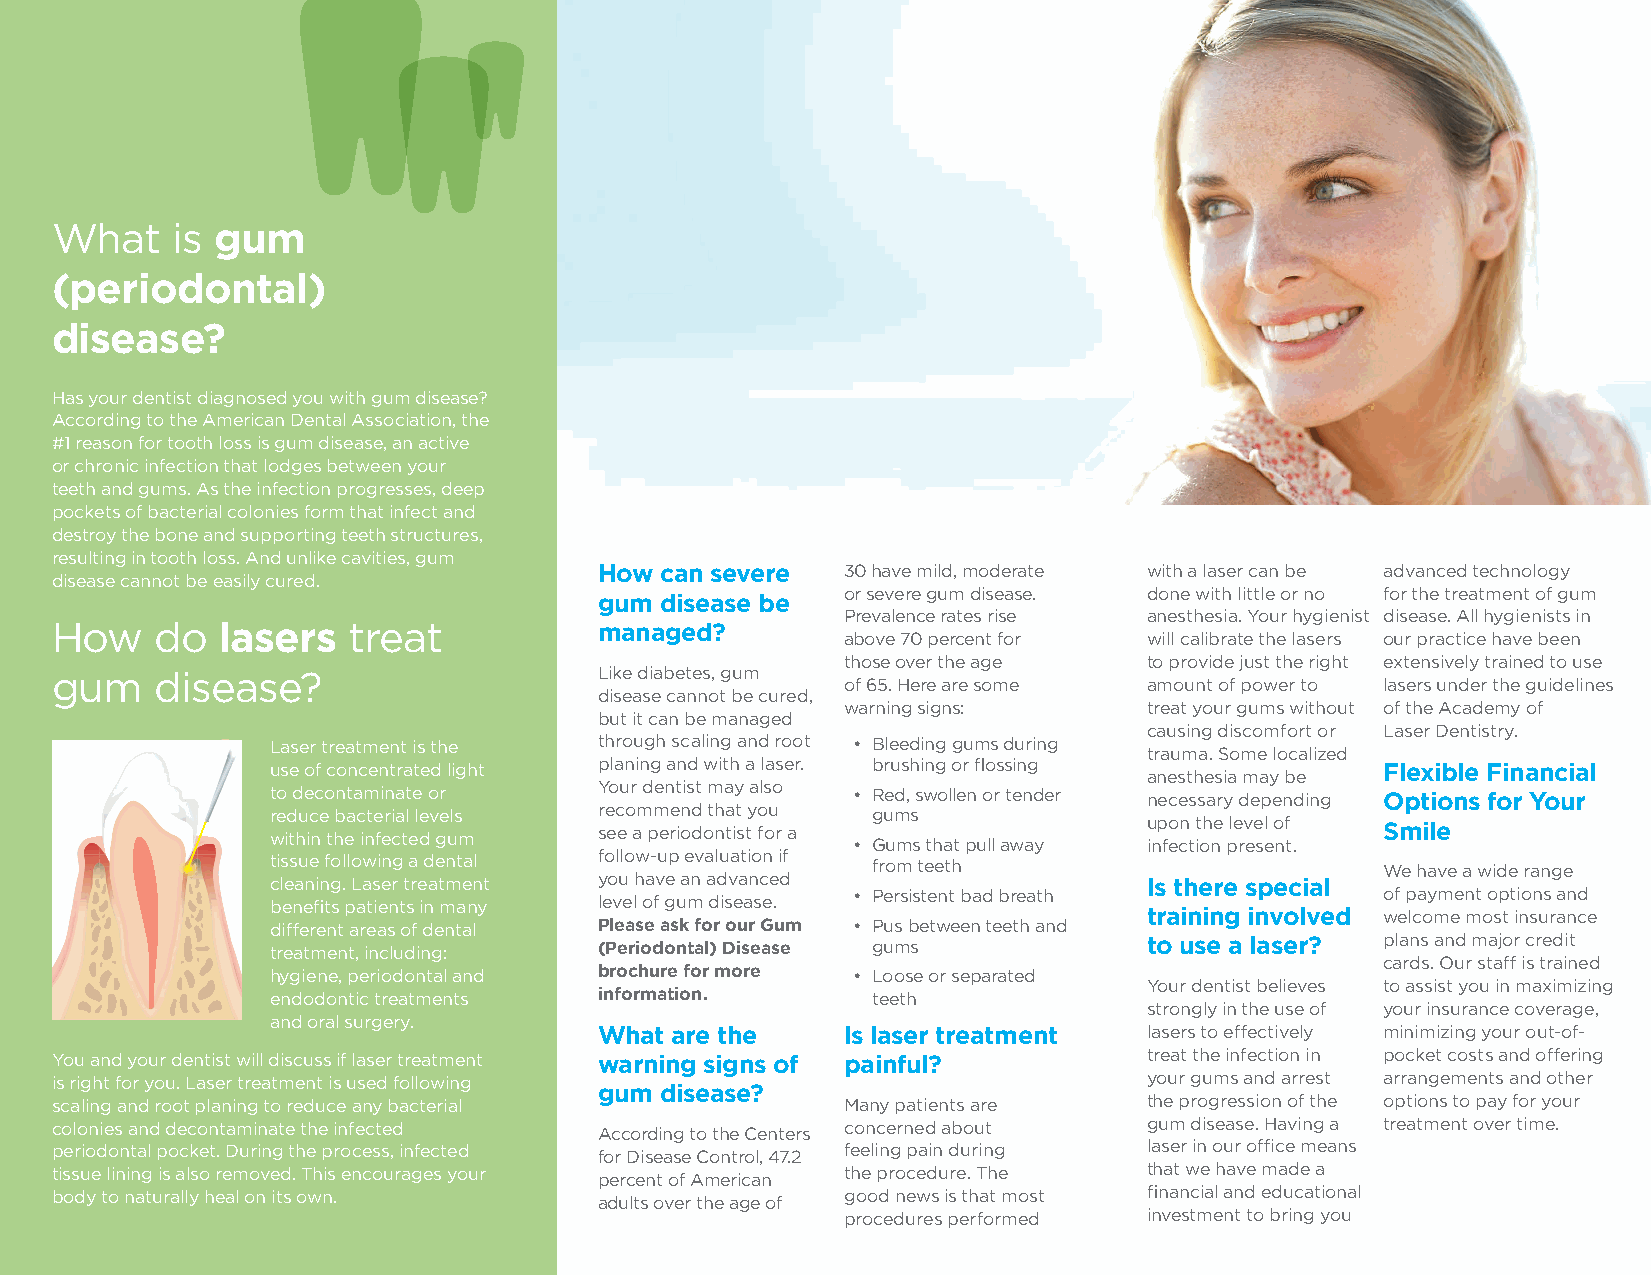
What    is gum
 (periodontal)
 disease?
 Has your dentist diagnosed you with gum disease?
 According to the American Dental Association, the
 #1 reason for tooth loss is gum disease, an active
 or chronic infection that lodges between your
 teeth and gums. As the infection progresses, deep
 pockets of bacterial colonies form that infect and
 destroy the bone and supporting teeth structures,
 resulting in tooth loss. And unlike cavities, gum
 How can severe  30 have mild, moderate with a laser can be advanced technology
 disease cannot be easily cured.
 or severe gum disease. done with little or no for the treatment of gum
 gum disease be
 Prevalence rates rise anesthesia. Your hygienist disease. All hygienists in
 How    do   lasers  treat            managed?
 above 70 percent for will calibrate the lasers our practice have been
 those over the age  to provide just the right extensively trained to use
 gum    disease?                      Like diabetes, gum
 of 65. Here are some amount of power to lasers under the guidelines
 disease cannot be cured,
 warning signs:      treat your gums without of the Academy of
 but it can be managed
 causing discomfort or Laser Dentistry.
 Laser treatment is the through scaling and root • Bleeding gums during
 trauma. Some localized
 use of concentrated light planing and with a laser. brushing or flossing anesthesia may be Flexible Financial
 to decontaminate or   Your dentist may also • Red, swollen or tender necessary depending Options for Your
 reduce bacterial levels recommend that you gums
 upon the level of
 within the infected gum see a periodontist for a                          Smile
 • Gums that pull away infection present.
 tissue following a dental follow-up evaluation if from teeth              We have a wide range
 cleaning. Laser treatment you have an advanced            Is there special
 benefits patients in many level of gum disease. • Persistent bad breath   of payment options and
 training involved welcome most insurance
 different areas of dental Please ask for our Gum • Pus between teeth and
 treatment, including: (Periodontal) Disease gums          to use a laser? plans and major credit
 cards. Our staff is trained
 hygiene, periodontal and brochure for more • Loose or separated
 Your dentist believes to assist you in maximizing
 endodontic treatments information.      teeth
 strongly in the use of your insurance coverage,
 and oral surgery.
 What are the    Is laser treatment  lasers to effectively minimizing your out-of-
 You and your dentist will discuss if laser treatment warning signs of painful? treat the infection in pocket costs and offering
 is right for you. Laser treatment is used following                      your gums and arrest arrangements and other
 gum disease?
 scaling and root planing to reduce any bacterial     Many patients are   the progression of the options to pay for your
 colonies and decontaminate the infected According to the Centers concerned about gum disease. Having a treatment over time.
 periodontal pocket. During the process, infected for Disease Control, 47.2 feeling pain during laser in our office means
 tissue lining is also removed. This encourages your percent of American the procedure. The that we have made a
 body to naturally heal on its own.   adults over the age of good news is that most financial and educational
 procedures performed investment to bring you